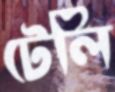
টেলি